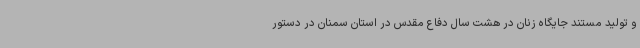
و تولید مستند جایگاه زنان در هشت سال دفاع مقدس در استان سمنان در دستور